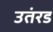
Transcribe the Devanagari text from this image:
उतंरड